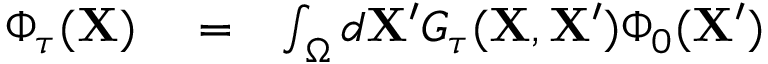
\begin{array} { r l r } { \Phi _ { \tau } ( \mathbf { X } ) } & { { } = } & { \int _ { \Omega } d \mathbf { X } ^ { \prime } G _ { \tau } ( \mathbf { X } , \mathbf { X } ^ { \prime } ) \Phi _ { 0 } ( \mathbf { X } ^ { \prime } ) } \end{array}